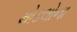
મોડલોના